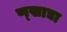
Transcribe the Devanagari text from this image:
ण्खाद्या